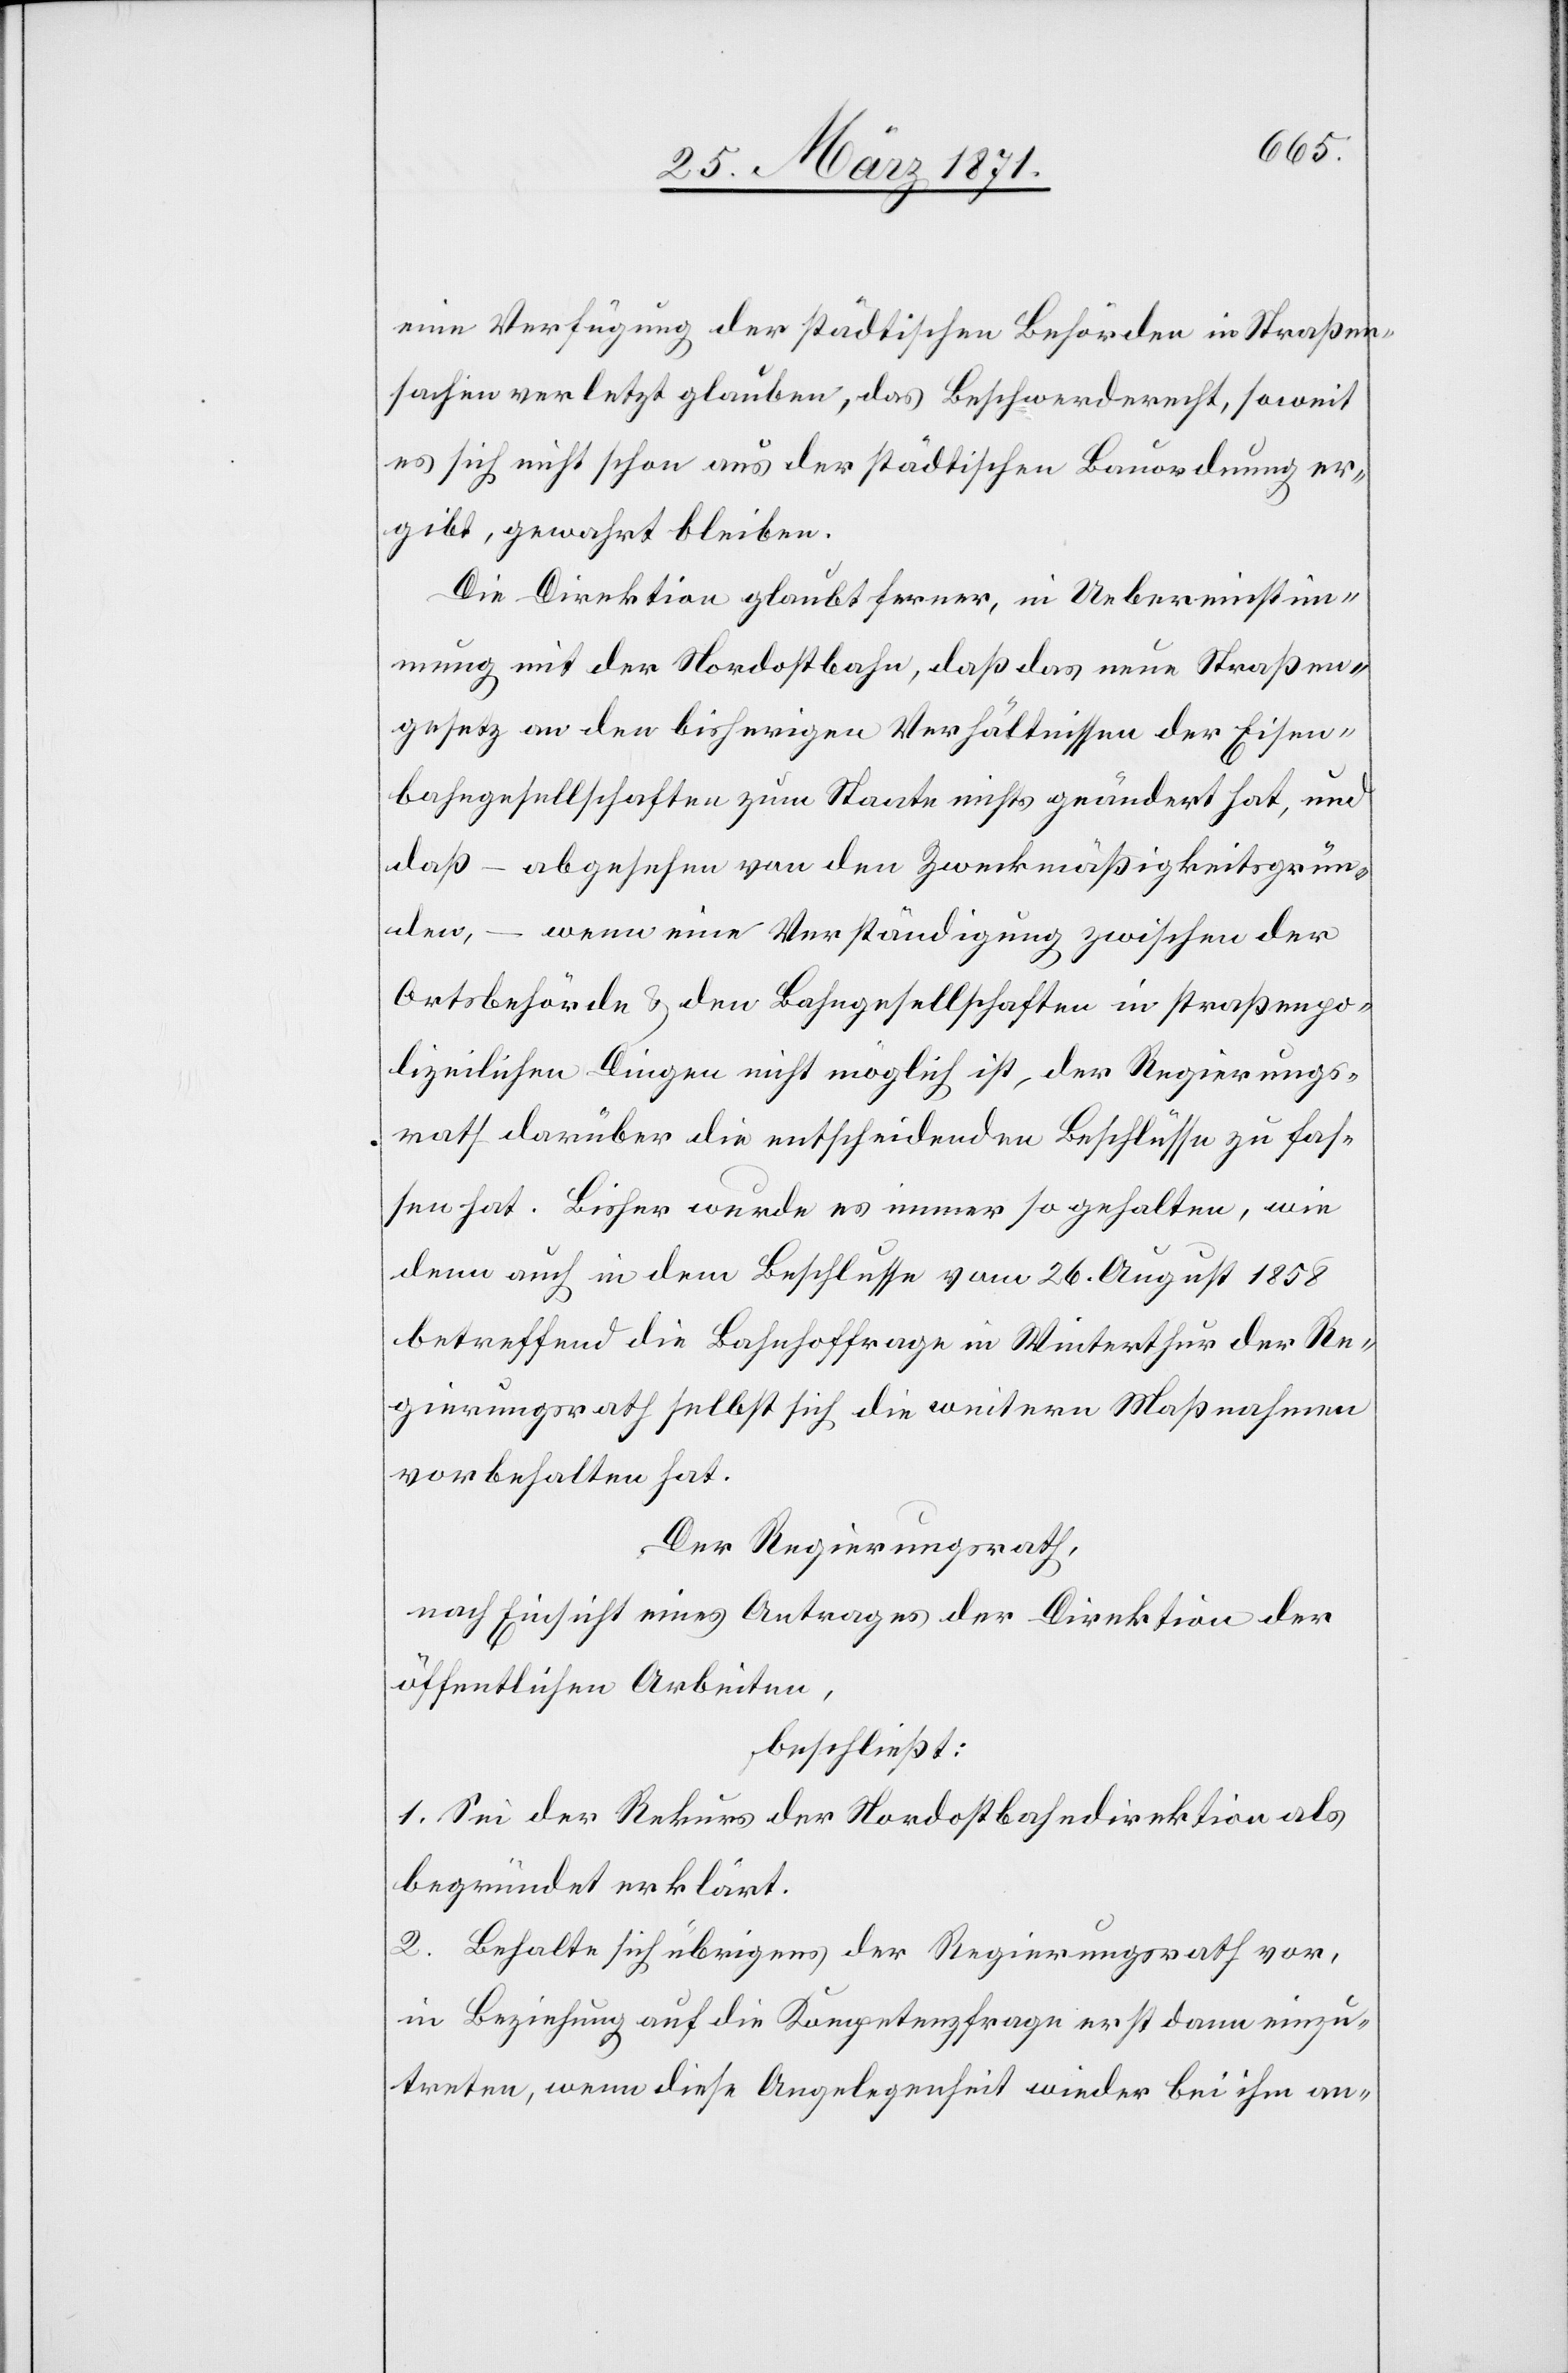
eine Verfügung der städtischen Behörde in Straßen¬
sachen verletzt glauben, das Beschwerderecht, soweit
es sich nicht schon aus der städtischen Bauordnung er¬
gibt, gewahrt bleiben.
Die Direktion glaubt ferner, in Uebereinstim¬
mung mit der Nordostbahn, daß das neue Straßen¬
gesetze an den bisherigen Verhältnissen der Eisen¬
bahngesellschaften zum Staate nichts geändert hat, und
daß – wenn eine Verständigung zwischen der
Ortsbehörde u. den Bahngesellschaften in straßenpo¬
lizeilichen Dingen nicht möglich ist, der Regierungs¬
rath darüber die entscheidenden Beschlüsse zu fas¬
sen hat. Bisher wurde es immer so gehalten, wie
denn auch in dem Beschlusse vom 26. August 1858
betreffend die Bahnhoffrage in Winterthur der Re¬
gierungsrath selbst sich die weitern Maßnahmen
vorbehalten hat.
Der Regierungsrath,
nach Einsicht eines Antrages der Direktion der
öffentlichen Arbeiten,
beschließt:
1. Sei der Rekurs der Nordostbahndirektion als
begründet erklärt.
2. Behalte sich übrigens der Regierungsrath vor,
in Beziehung auf die Kompetenzfrage erst dann einzu¬
treten, wenn diese Angelegenheit wieder bei ihm an-